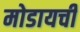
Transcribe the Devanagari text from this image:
मोडायची